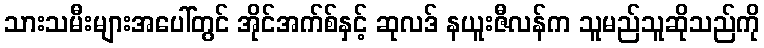
သားသမီးများအပေါ်တွင် အိုင်အက်စ်နှင့် ဆုလဒ် နယူးဇီလန်က သူမည်သူဆိုသည်ကို